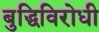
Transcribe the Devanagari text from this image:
बुद्धिविरोधी